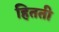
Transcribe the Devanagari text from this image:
हितती